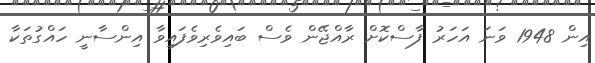
އިން 1948 ވަނަ އަހަރު ފާސްކޮށް ރާއްޖޭން ވެސް ބައިވެރިވެފައިވާ އިންސާނީ ހައްގުތަކާ